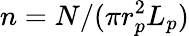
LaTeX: n=N/(\pi r_{p}^{2}L_{p})